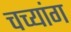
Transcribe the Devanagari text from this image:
चच्यांग